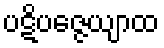
ပဋိပဇ္ဇေယျာထ